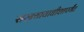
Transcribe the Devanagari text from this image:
सरन्यायाधीशापर्यंत